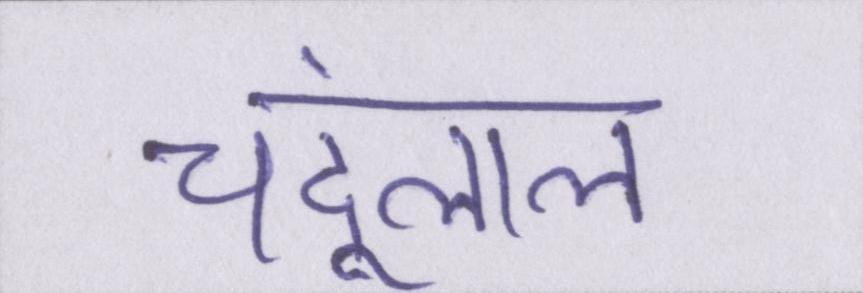
चंदूलाल